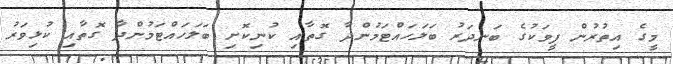
މީގެ އިތުރުން ފީވަކުގެ ބަނދަރު ބަލަހައްޓަމުންދާ ގޮތާއި ކުނިކޮށި ބަލަހައްޓަމުންދާ ގޮތާއި ކުޅިވަރު